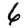
Digit: 6